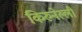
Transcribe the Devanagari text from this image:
किरुनेल्ली